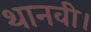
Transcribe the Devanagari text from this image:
थानवी।